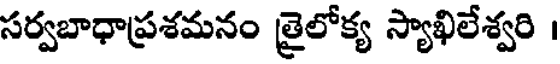
సర్వబాధాప్రశమనం త్రైలోక్య స్యాఖిలేశ్వరి ।